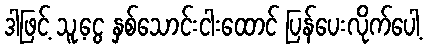
ဒါဖြင့် သူ့ငွေ နှစ်သောင်းငါးထောင် ပြန်ပေးလိုက်ပေါ့